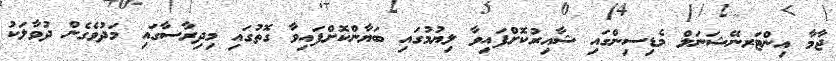
ޖާމާ އިންޓަރނޭޝަނަލް މެޑިސިންގައި ޝާއިރުކޮށްފައިވާ ލިޔުމުގައި ބަޔާންކޮށްފައިވާ ގޮތުގައި މިދިރާސާގައި މަދުވެގެން ދުވާލަކު